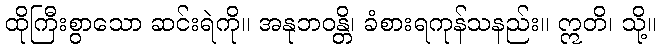
ထိုကြီးစွာသော ဆင်းရဲကို။ အနုဘဝန္တိ၊ ခံစားရကုန်သနည်း။ ဣတိ၊ သို့။